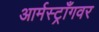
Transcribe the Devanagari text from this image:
आर्मस्ट्राँगवर